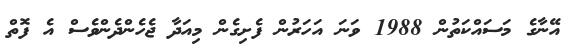
އޭނާގެ މަސައްކަތުން 1988 ވަނަ އަހަރުން ފެށިގެން މިއަދާ ޖެހެންދެންވެސް އެ ފޮތް